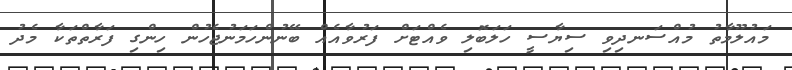
މައުލޫމާތު މުއްސަނދިވި ސިޔާސީ ހަލަބޮލި ވެއްޓަށް ފަރުވާއެއް ބޭނުންހަމަނުޖެހުން ހިންގި ފަރާތްތަކާ މެދު